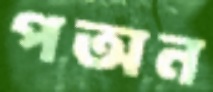
পঅন